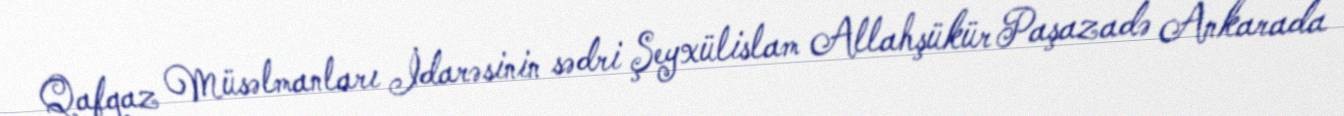
Qafqaz Müsəlmanları İdarəsinin sədri Şeyxülislam Allahşükür Paşazadə Ankarada